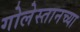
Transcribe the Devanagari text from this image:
गोलेस्तानच्या